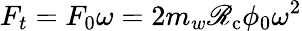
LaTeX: F_{t}=F_{0}\omega=2m_{w}\mathscr{R}_{\mathrm{{c}}}\phi_{0}\omega^{2}